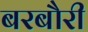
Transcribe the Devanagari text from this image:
बरबौरी